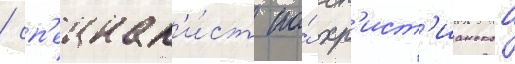
/ сп'ециал'и́ст по́ хр'ист'ианскои